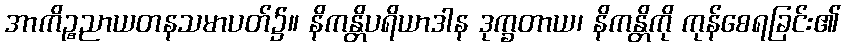
အာကိဉ္စညာယတနသမာပတ်၌။ နိကန္တိပရိယာဒါန ဒုက္ခတာယ၊ နိကန္တိကို ကုန်စေရခြင်း၏